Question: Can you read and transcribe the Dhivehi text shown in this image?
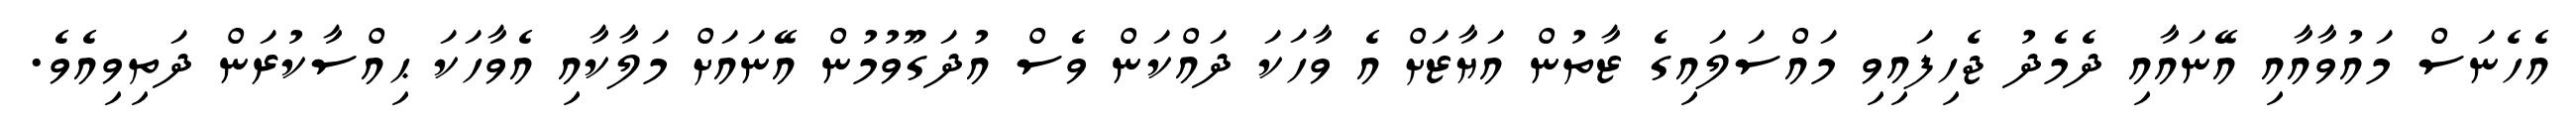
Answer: އެހެނަސް މައުވާއާއި އޭނައާއި ދެމެދު ޖެހިފައިވި މައްސަލައިގެ ޒާތުން އަޔާޒަށް އެ ވާހަކަ ދައްކަން ވެސް އުދަގޫވުމުން އޭނައަށް މަލާކާއި އެވާހަކަ ޙިއްސާކުރަން ދަތިވިއެވެ.